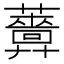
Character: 𧃻